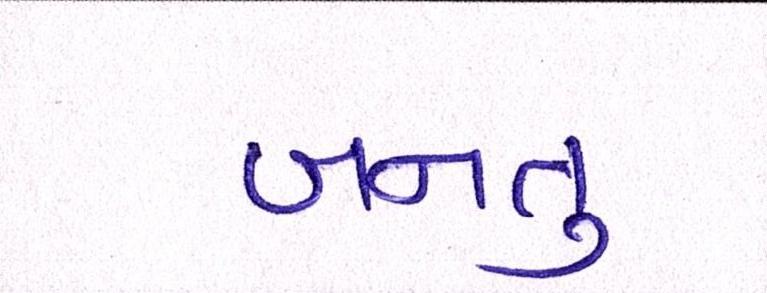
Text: બનતુ